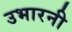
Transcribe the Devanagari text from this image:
उभारनी